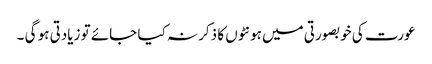
عورت کی خوبصورتی میں ہونٹوں کا ذکر نہ کیا جائے تو زیادتی ہو گی ۔